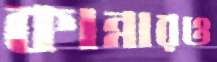
কান্নারও